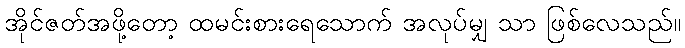
အိုင်ဇတ်အဖို့တော့ ထမင်းစားရေသောက် အလုပ်မျှ သာ ဖြစ်လေသည်။